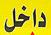
داخل